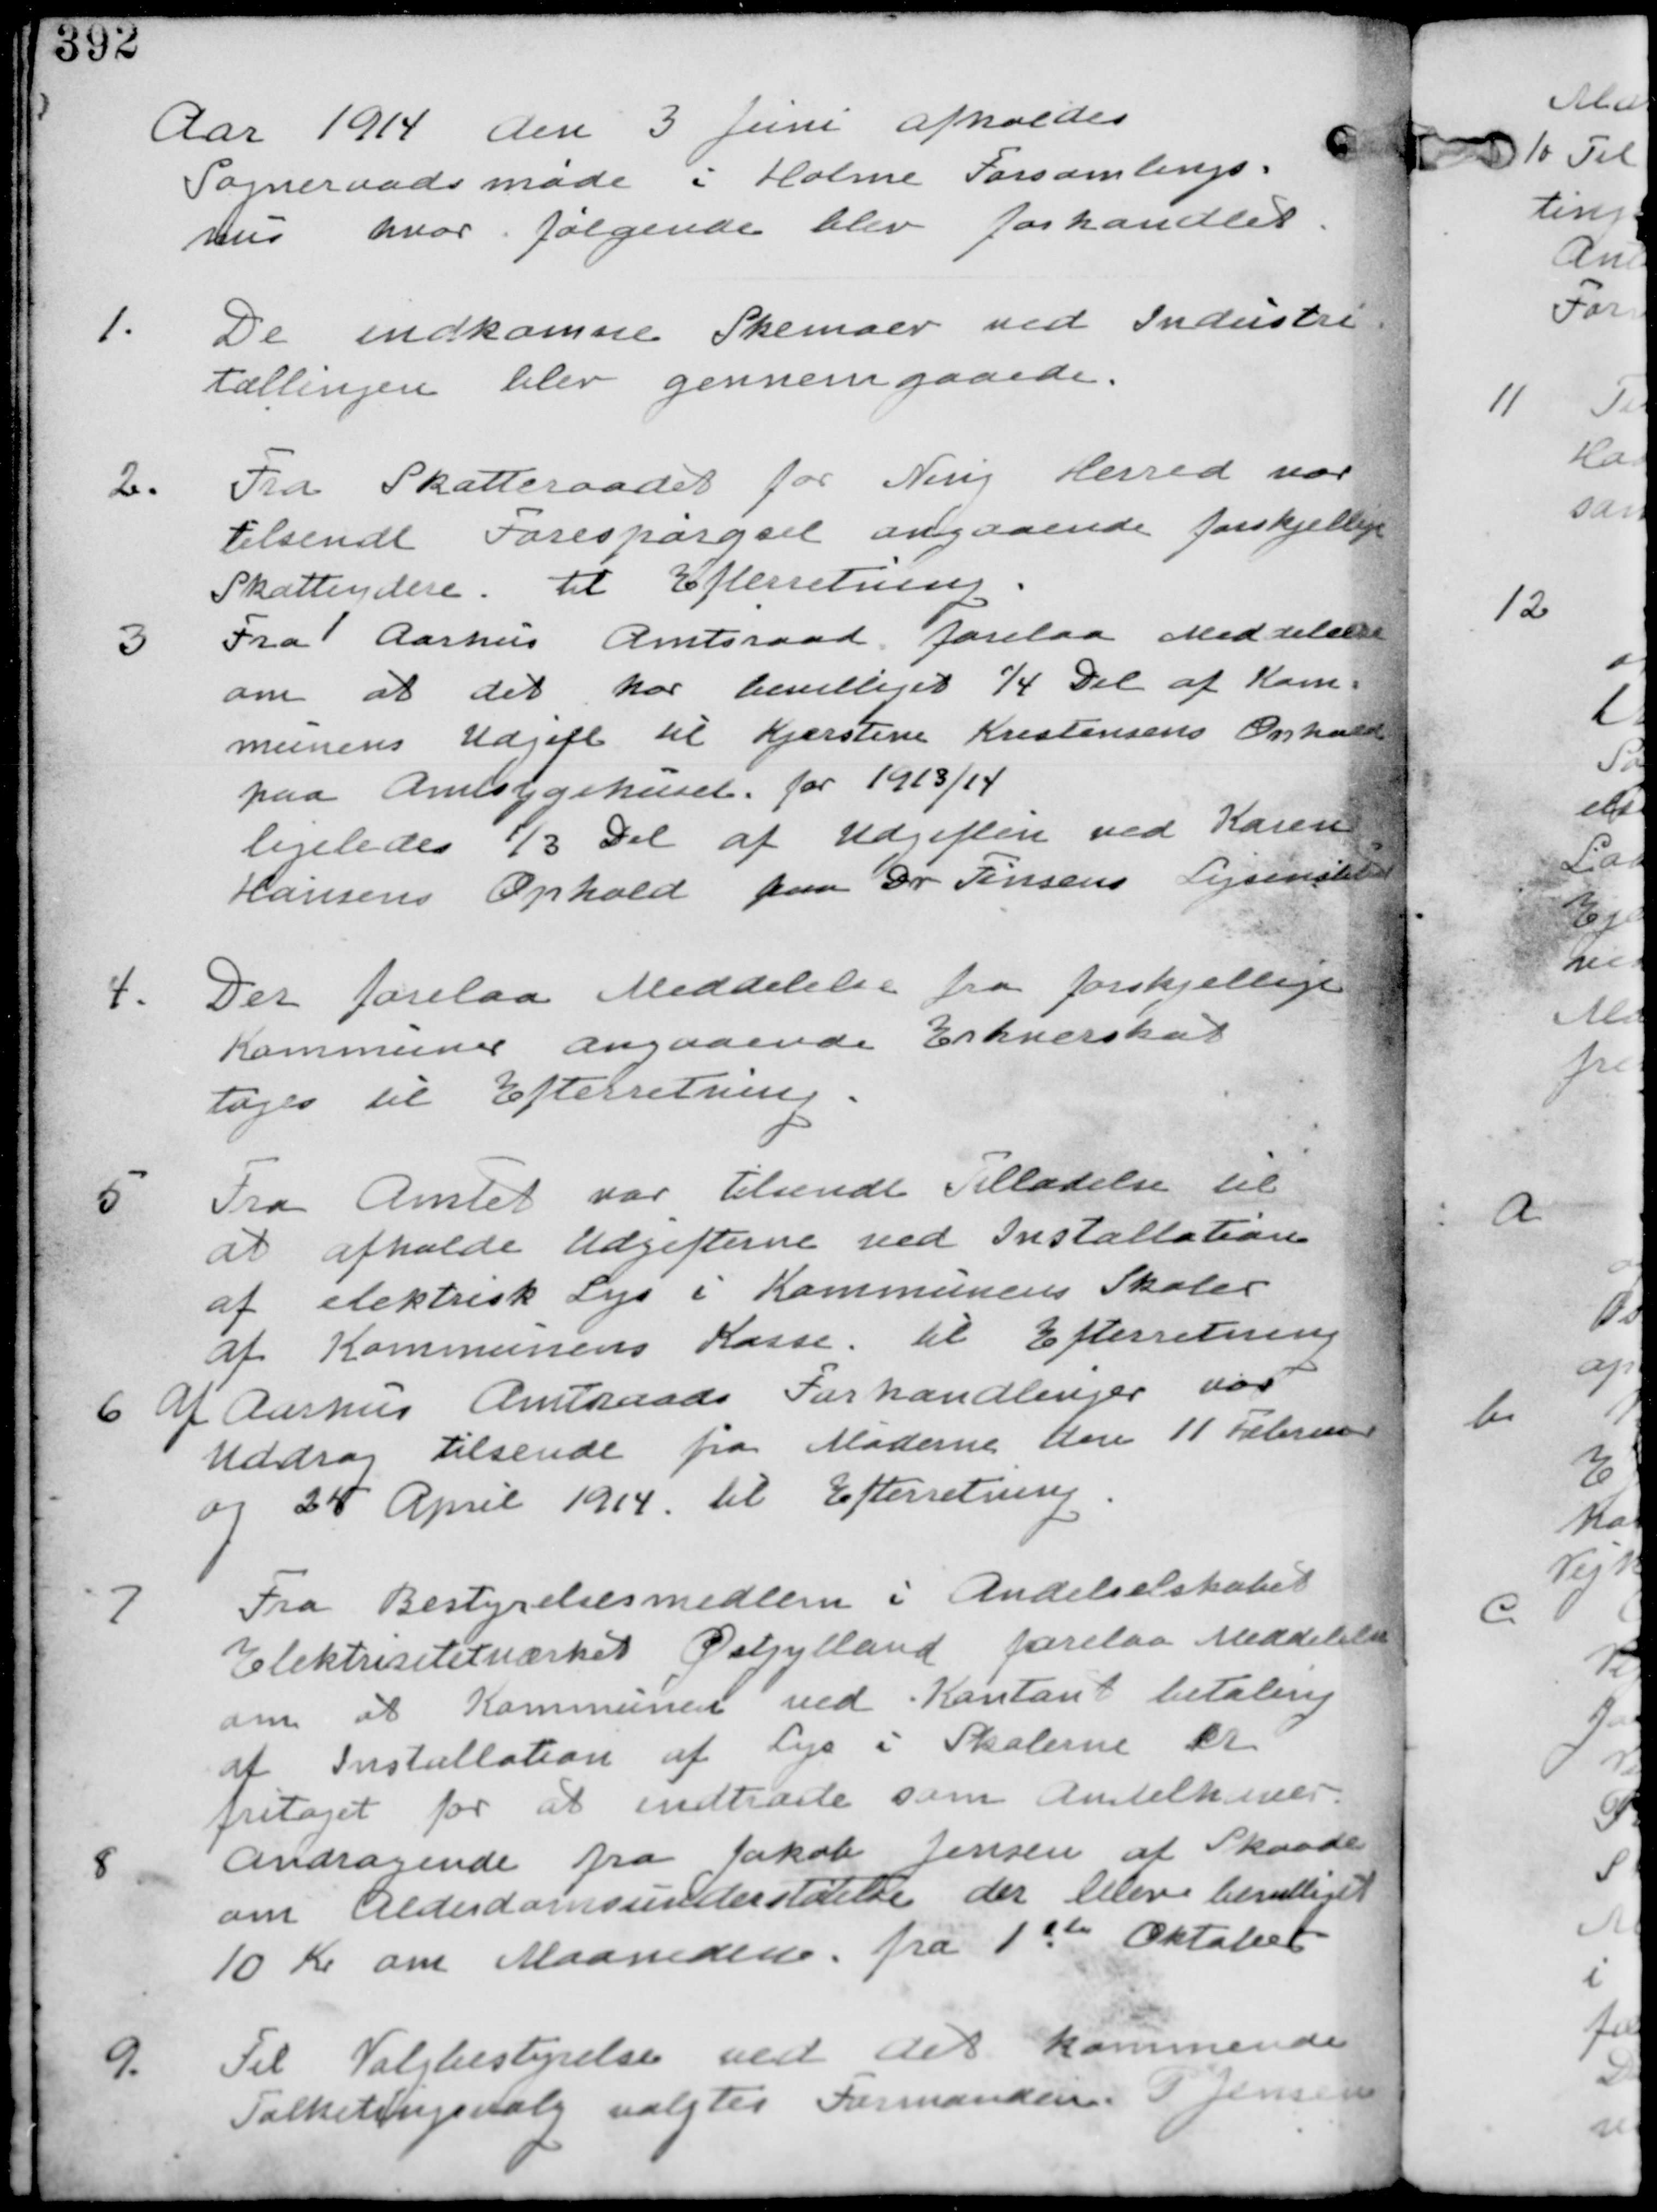
Transskription:
Aafr 1914 den 3. Juni afholdes
Sogneraadsmøde i Holme Forsamlings-
hus hvor følgende blev forhandlet.

1.
De indkomne Skemaer ved Industri-
tællingen blev gennemgaaet.

2. Fra Skatteraadet for Ning Herred var
tilsendt Forespørgsel angaaende forskjellige
Skatteydere til Efterretning.

3. Fra Aarhus Amtsraad forelaa Meddelelser
om at det har bevilliget 1/4 af Kom-
munens Udgift til Kjersten Kristensens Ophold
paa Amtsygehuset for 1913/14.
ligeledes 1/3 Del af Udgifterne
Hansens Ophold paa Dr Finsens Lysinstitut.

4. Der forelaa Meddelelser fra forskellige
Kommuner angaaende Erhvervsskat
tages til Efterretning.

5
Fra Amtet var tilsendt Tilladelse til
at afholde Udgifterne ved Installation
af elektrisk Lys i Kommunens Skoler
af Kommunens Kasse. til Efterretning.

6 Af Aarhus Amtraads Forhandlinger var
Uddrag tilsendt fra Møderne den 11 Februar
og 25 April 1914. til Efterretning

7
Fra Bestyrelsesmedlem i Andelselskabet
Elektricitetsværket Østjylland forelaa Meddelelse
om at Kommunen ved Kontant betaling
af Installation af Lys i Skolerne er
fritaget for at indtræde som Andelhaver

8
Andragende fra Jakob Jensen af Skaade
om Alderdomsunderstøttelse der blev bevilliget
10 Kr om Maaneden fra 1st Oktober

9
Til Valgbestyrelse ved det kommende
Folketingsvalg valgtes Formanden P Jensen